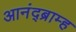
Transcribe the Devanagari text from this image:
आनंद्ब्राम्ह